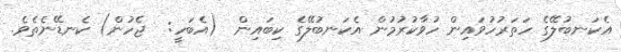
އެކަނބުލޭގެ ހަތަރުހުވައިން ހުވާކުރުމުން އެކަނބުލޭގެ ކިބައިން  (އެބަހީ:  ޖެހުން) ކެނޑޭނެތެވެ.